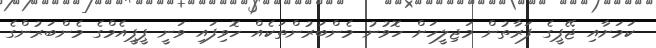
ކަމަށާއި ޖޭޕީގެ ފަރާތުން މަޖިލީހަށް ހޮވުނު މެންބަރުންތަކެއް ހޮވިފައި ވަނީ ޕީޕީއެމްގެ މެންބަރުންގެ